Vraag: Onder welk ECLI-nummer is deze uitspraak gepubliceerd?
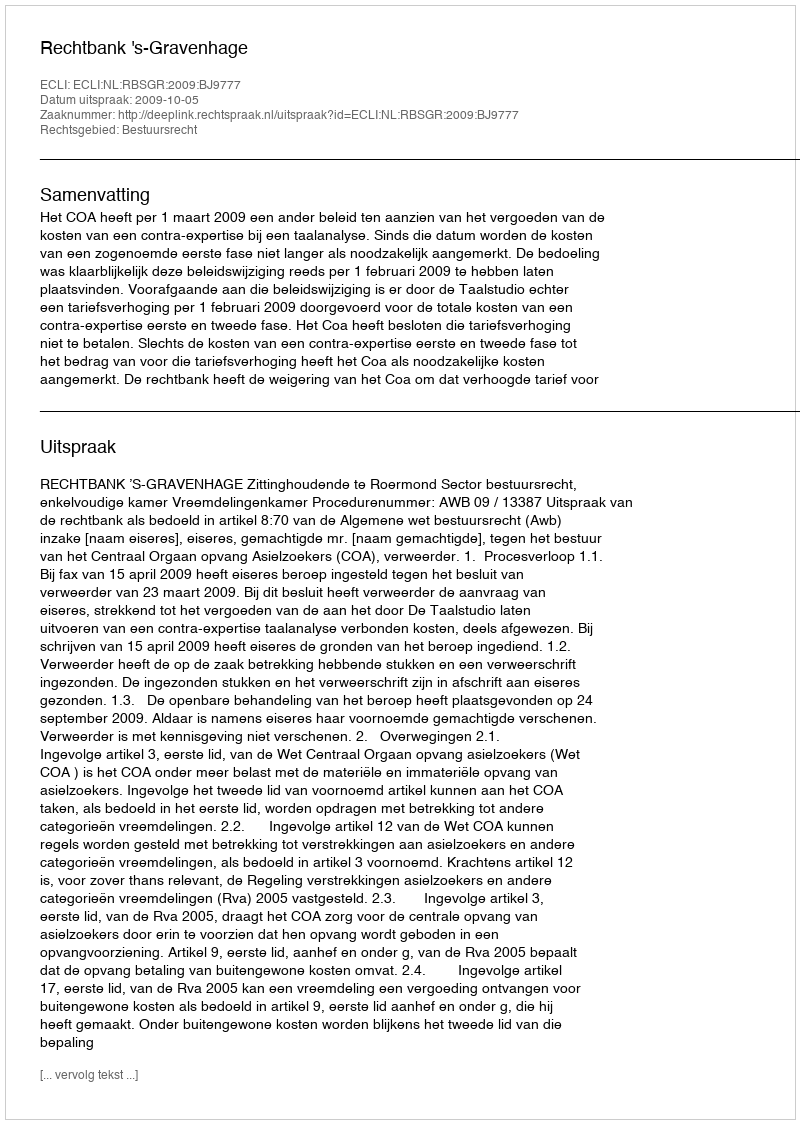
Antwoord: ECLI:NL:RBSGR:2009:BJ9777